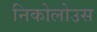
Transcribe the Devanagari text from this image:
निकोलोउस